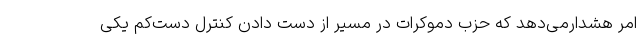
امر هشدارمی‌دهد که حزب دموکرات در مسیر از دست دادن کنترل دست‌کم یکی